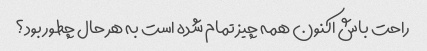
راحت باش اکنون همه چیز تمام شده است به هر حال چطور بود؟